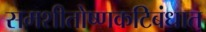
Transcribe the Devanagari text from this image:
समशीतोष्णकटिबंधात